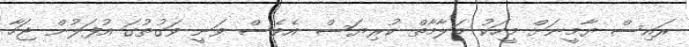
ރައިސް ޔާމީނަށް މީހަކު މަލާމާތް ކުރިޔަސް އެވެސް ވަނީ ވަގުތުގަ އުފަލުން ޖަހާ